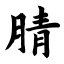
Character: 腈